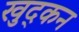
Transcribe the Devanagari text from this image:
खुद्कन